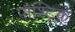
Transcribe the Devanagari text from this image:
पौश्टिक